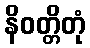
နိဝတ္တိတုံ